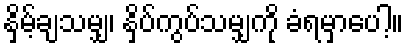
နှိမ့်ချသမျှ၊ နှိပ်ကွပ်သမျှကို ခံရမှာပေါ့။